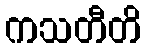
ကသတီတိ